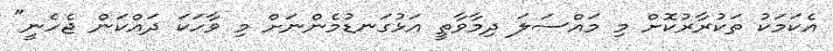
އެކަމަކު ތަކުރާރުކޮށް މި މައްސަލަ ދިމާވާތީ އަޅުގަނޑުމެންނަށް މި ވާހަކަ ދައްކަން ޖެހެނީ"